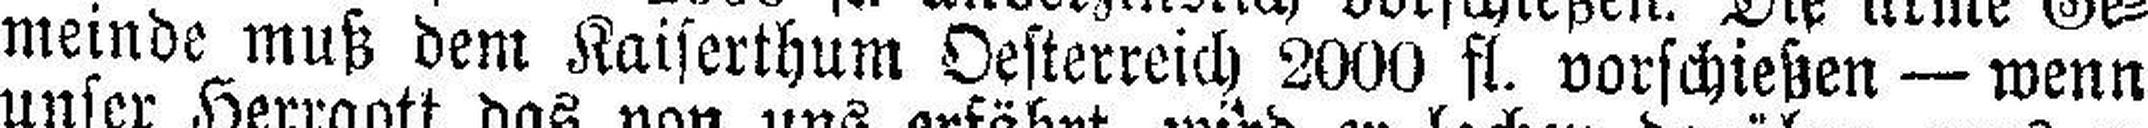
meinde muß dem Kaiserthum Oesterreich 2000 fl. vorschießen — wenn